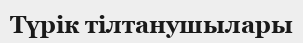
Түрік тілтанушылары